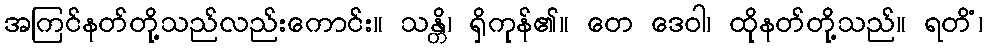
အကြင်နတ်တို့သည်လည်းကောင်း။ သန္တိ၊ ရှိကုန်၏။ တေ ဒေဝါ၊ ထိုနတ်တို့သည်။ ရတိံ၊